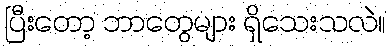
ပြီးတော့ ဘာတွေများ ရှိသေးသလဲ။